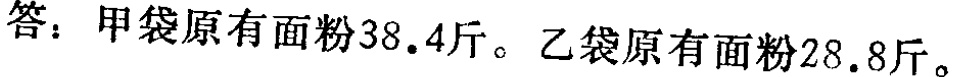
答：甲袋原有面粉\(38.4\)斤。乙袋原有面粉\(28.8\)斤。